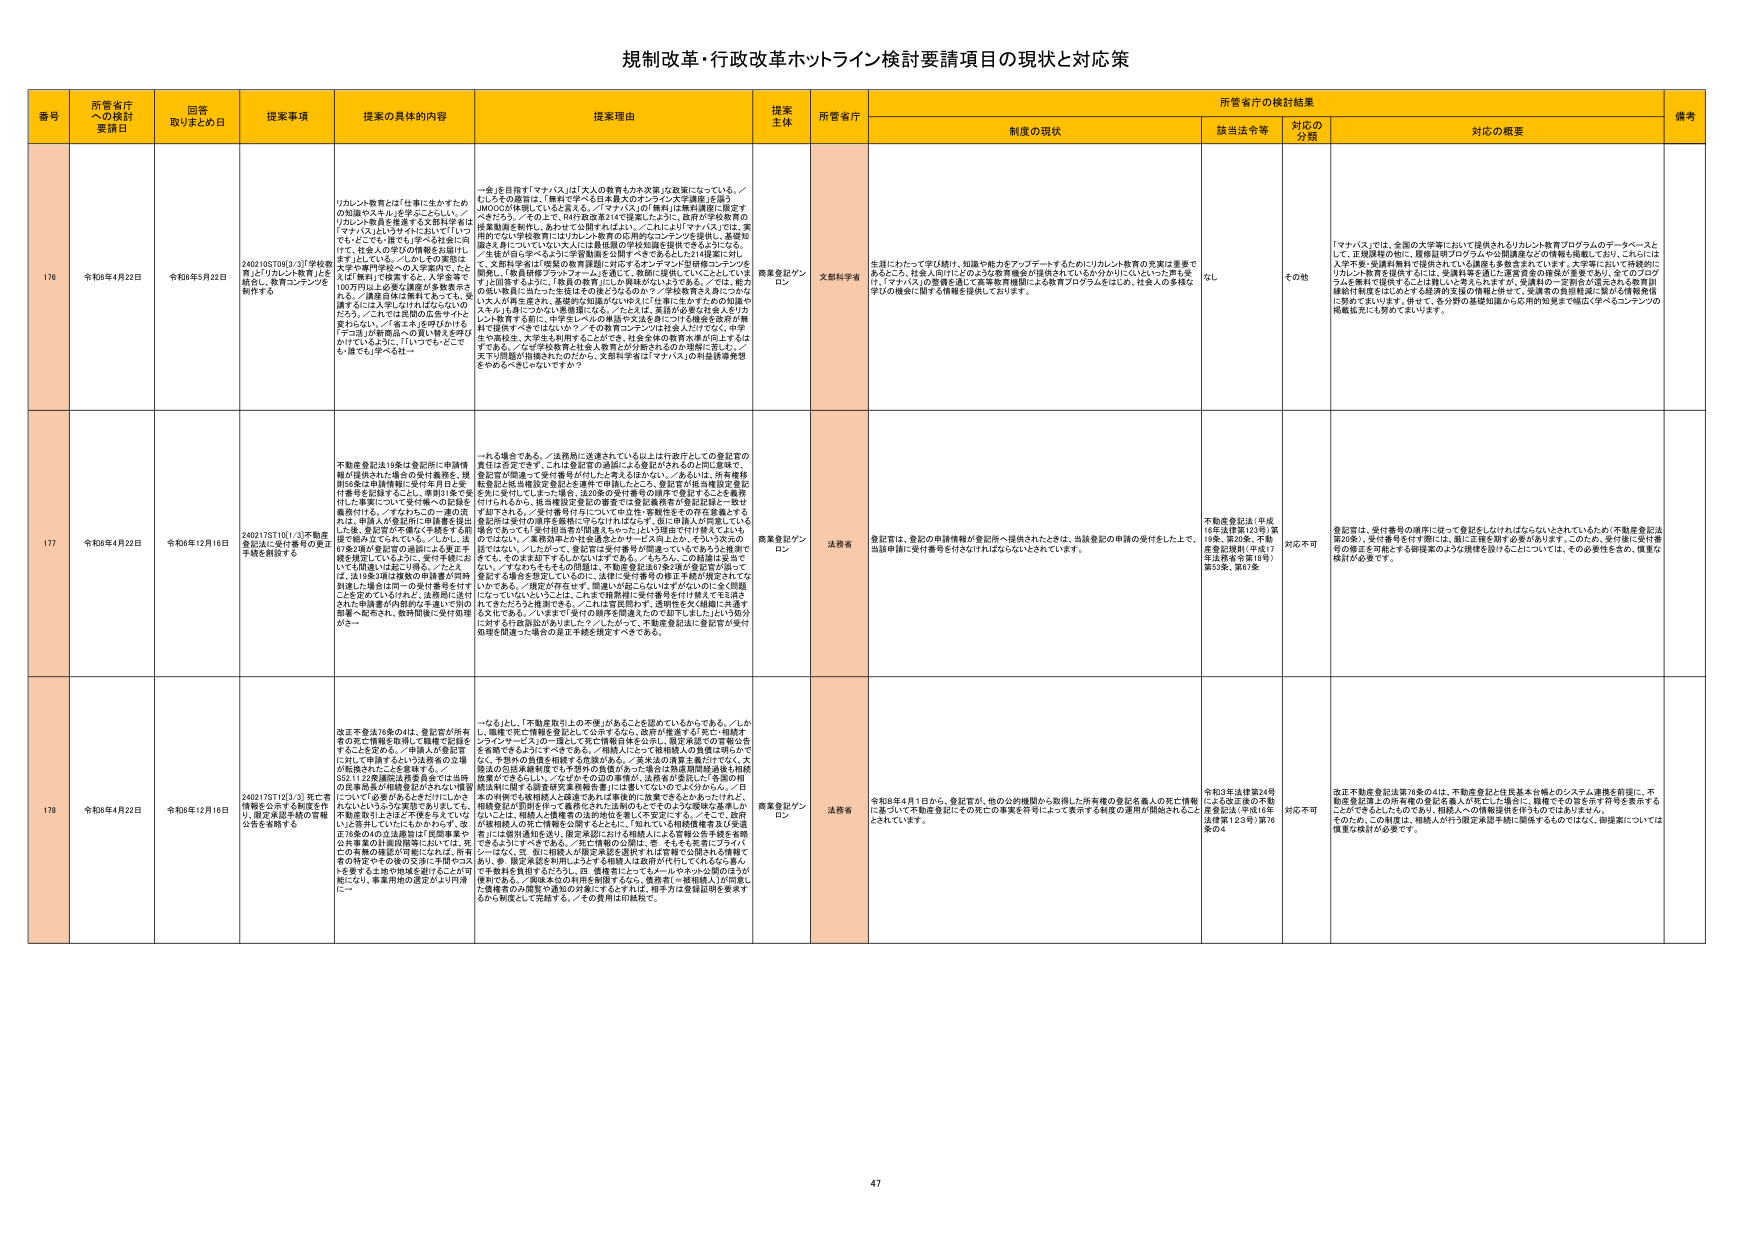
規制改革・行政改革ホットライン検討要請項目の現状と対応策

番号 所管省庁への検討要請日 回答取りまとめ日 提案事項 提案の具体的内容 提案理由 提案主体 所管省庁 所管省庁の検討結果 備考
制度の現状 該当法令等 対応の分類 対応の概要

176 令和6年4月22日 令和6年5月22日 2402105709[3/3]「学校教育」より「リカレント教育」にを統合し、教育コンテンツを刷新する リカレント教育とは「仕事に生かすための知識やスキル」を学ぶことらしい。／リカレント教育を推進する文部科学省は「マナバス」によりサイトにおいて「いつでも・どこでも・誰でも学べる社会に向けた、社会人の方の学修機会を提供します」としている。／しかしその実態は、大学等の教育機関が提供する「学士」又は「専修」で検索すると、大学等で100万円以上かかる学費がかかるものもある。／講座自体は無料もあっても、受講するには入学しなければならないので2つ、これらでは民間の大学やオンライン教育サービスに、学費が安いものが多い。／「そもそも、どこから誰でも学べる社会」 一金(近日発行「マナバス」は「大人の教育もカネ次第」だ政策になっている。／むしろその趣旨は、「無料で学べる日本最大のオンライン大学講座」を語り、AMOの20年後にも「もとある」。／「マナバス」の無料は無料講座に限る「べきだろう」。／その上で、R4行政改革214で提案したように、政府が学校教育の授業動画を制作し、あわせて公開すればよい。／これにより「マナバス」では、実際の学びの学習教育にはリカレント教育の共用のコンテンツを提供し、基礎知識を身につけていれば大人には最低限の学校知識を提供できるようになる。／生徒が自ら学べるような学習環境を公開すべきである」という提案に対し、文部科学省は「提案の教育課題に対するオープンデータと学習機コンテンツの提供し、「教育機関プラットフォーム」を通じて、教師に提供していくこととしています」と回答するように、「教育の教育」にはリカレント教育のコンテンツである。／また、電子の個人教育に当たった生徒はその後どうなるのか？／学校教育を支援につながるような、が可能であり、基礎的な知識の習得が可能である。／また、学習機関が提供するコンテンツは社会人だけでなく、中学生や高校生、大学生も利用することができる。社会全体の教育水準が向上するはずである。／大学学校教育は社会人教育と分か離されるのが理想に思え、／天下り問題が指摘されたのだから、文部科学省は「マナバス」の利益誘導発想をやるるべきではないですか？ 商業登記オンライン 文部科学省 生涯にわたって学び続け、知識や能力をアップデートするためにリカレント教育の充実は重要であるところ、社会人向けにどのような教育機会が提供されているか分かりにくいという声も受け、「マナバス」の整備を通じて高等教育機関による教育プログラムをはじめ、社会人の多様な学びの機会に関する情報を提供しております。 なし その他 「マナバス」では、全国の大学等において提供されるリカレント教育プログラムのデータベースとして、正規課程の他に、教育証明プログラムや公開講座などの情報を掲載しており、これには入学者・受講料無料で提供されている講座も多数含まれています。大学等において持続的にリカレント教育を提供するには、受講料等を通じた運営資金の確保が重要であり、全てのプログラムを無料で提供することは難しいと考えておりますが、受講料の一部負担が認められる教育訓練給付制度をはじめとする経済的支援の情報と併せて、受講者の負担軽減に繋がる情報発信に努めてまいります。併せて、各分野の基礎知識から応用的知見まで幅広く学べるコンテンツの掲載拡充にも努めてまいります。

177 令和6年4月22日 令和6年12月16日 2402175710[1/3]不動産登記法に受付番号の東正手続きを設置する 不動産登記法19条は登記所に申請情報が提供された場合の受付確認を、規則56条で申請情報に受付年月日と受付番号を記録すること、情報は全て受付た事実について受付番号の記録を義務付けた。／すなわちこの一連の流れは、申請人の登記所に申請書を提出した後、登記所が不動産に手続きする前段で申請人に対して与えている。／しかし、法67条2項が登記官の過誤による東正手続きを規定しているように、受付手続においても間違いは起こり得る。／たとえば、法19条3項は複数の申請書が同時提出した場合は同一の受付番号を付すことを定めているけれど、法務局に送付された申請書が内部的に不達にて他の部署へ配布され、数時間後に受付処理がこー 一たる場合である。／法務局に送達されている以上は行政庁としての登記官の責任は否定できず、これは登記官の過誤による登記がされるのと同じ意味で、登記官が間違えて受付番号が付いたと考えるほかない。／あるいは、所有権移転登記と抵当権設定登記を連続で申請したところ、登記官が抵当権設定登記を先に受付してしまった場合、法20条の受付番号の順序で登記することが義務付けられるから、抵当権設定登記の審査では登記義務者が登記登録と一斉せず却下される。／受付番号付与についての立件・事務性をその存在意義とする登記所は受付の順序を重視しているわけはないが、仮に申請人が何番目でいる場合であっても「受付担当者が間違えちゃった」という理由で付与替えངよしいのではないか。／業務効率とか社会通念とかサービス向上とか、そういう次元の話ではない。／したがって、登記所は受付番号が間違っているであろうと推測できる、その手を出すべきなのではないですか。／もちろん、の根拠を言及できない、／すなわちそもそもその問題は、不動産登記法が受付番号設定を設けても、登記官が間違えているのに対して、法律に受付番号の修正手続が規定されていないのである。／指定が付与せず、間違いが起こらないはずがないのに全く問題になっていないということは、これまで法務局に受付番号を付与権えてミスはされてきたような結果になる。／これは官庁即ち、透明性を欠く組織に共通する文化である。／いますぐ「受付の順序を間違えたので却下しました」という処分に対する行政訴訟がありましたが、／したがって、不動産登記法に登記官が受付処理を間違った場合の是正手続を規定すべきである。 商業登記オンライン 法務省 登記官は、登記の申請情報が登記所へ提供されたときは、当該登記の申請の受付をした上で、当該申請に受付番号を付与されなければならないとされています。 不動産登記法（平成16年法律第123号）第19条、第20条、不動産登記規則（平成17年法務省令第18号）第53条、第67条 対応不可 登記官は、受付番号の順序に従って登記をしなければならないとされているため、不動産登記法第20条）、受付番号を付与時には、漏れ正規を対する必要があります。このため、受付後に受付番号の修正を可能とする制度案のような規律を設けることについては、その必要性を含め、慎重な検討が必要です。

178 令和6年4月22日 令和6年12月16日 2402175712[3/3] 死亡者情報などを示す制度を作り、限定承認手続の官報公表を省略する 改正不動法76条の4は、登記官が所有者の死亡情報を取得して職権で記録をすることを定める。／申請人が登記官に対して申請するという法務省の立場が転換されたことを意味する。／SB1112条確認法務省は、死亡者と当該の民事訴訟の相続登記がされた後に遺留についている必要があるとされている。／相続登記が司法手続にて義務づけられており、相続人の情報が官報公表される。／死亡情報の公開は、死、そもそも死亡・ブラバシーはなく、死、仮に相続人が限定承認を選択すれば官報で公開される情報であり、多、限定承認を利用しようとする相続人は政府が代行してくれるから厳んで手続料を負担するからなし。四、債務者によってレノールやネット公開のほうが便利である。／「親族本位の利用を制限するなら、債務者」＝「被相続人」が同意し、債務者のみが限定承認の対象にするすれば、相手方は登録証明を要求するから制度として完結する。／その費用は印紙税で。 一にもとし、「不動産取引上の不測」があることを認めているからである。／しかし、職権で死亡情報を登記して公示するなら、政府が推進する「死亡・相続オンラインサービス」の一環として死亡情報自体を公開し、限定承認での官報公告を省略できるようにすべきである。／相続人にとって被相続人の遺産を明らかにし、手続の負担を軽減する効果がある。／多米国の遺産主義だけでなく、大法20の法務省制度では予想外の負債があった場合は残遺問題検索後も相続放棄ができるし、／なぜその辺の事務が、法務省が受託した各国の相続法制に関する国際研究業務報告書に注意していなければならない。／日本国内でも被相続人は遺産であれば事務的に放棄できるためあったけれど、相続登記が司法手続にて義務づけられる国のためそのような効果を高め、ないことは、相続人と債務者の法的関係を著しく不安定にする。／そこで、政府が被相続人の死亡情報を公開するならば、「対応している相続債務を含む保証書」には個別通知を送り、限定承認における相続人は公営機関公示手続を省略できるようにすべきである。／死亡情報の公開は、死、そもそも死亡・ブラバシーはなく、死、仮に相続人が限定承認を選択すれば官報で公開される情報であり、多、限定承認を利用しようとする相続人は政府が代行してくれるから厳んで手続料を負担するからなし。四、債務者によってレノールやネット公開のほうが便利である。／「親族本位の利用を制限するなら、債務者」＝「被相続人」が同意し、債務者のみが限定承認の対象にするすれば、相手方は登録証明を要求するから制度として完結する。／その費用は印紙税で。 商業登記オンライン 法務省 令和6年4月1日から、登記官が、他の公的機関から取得した所有者の登記を直人の死亡情報に基づいて不動産登記にその死亡の事実を同等によって表示する制度の運用が開始された。 令和3年法律第24号による改正後の不動産登記法（平成16年法律第123号）第76条の4 対応不可 改正不動産登記法第76条の4は、不動産登記と住民基本台帳とのシステム連携を前提に、不動産登記簿上の所有者の登記名義人が死亡した場合に、職権でその旨を示す符号を表示することができるとしているが、相続人への情報提供を伴うものではありません。そのため、この制度は、相続人が行う限定承認手続に関係するものではなく、御提案については慎重な検討が必要です。

47